Civil Veterinary Dept. Bombay admin report 1900-1906 - 1900-1906
Year: 1900
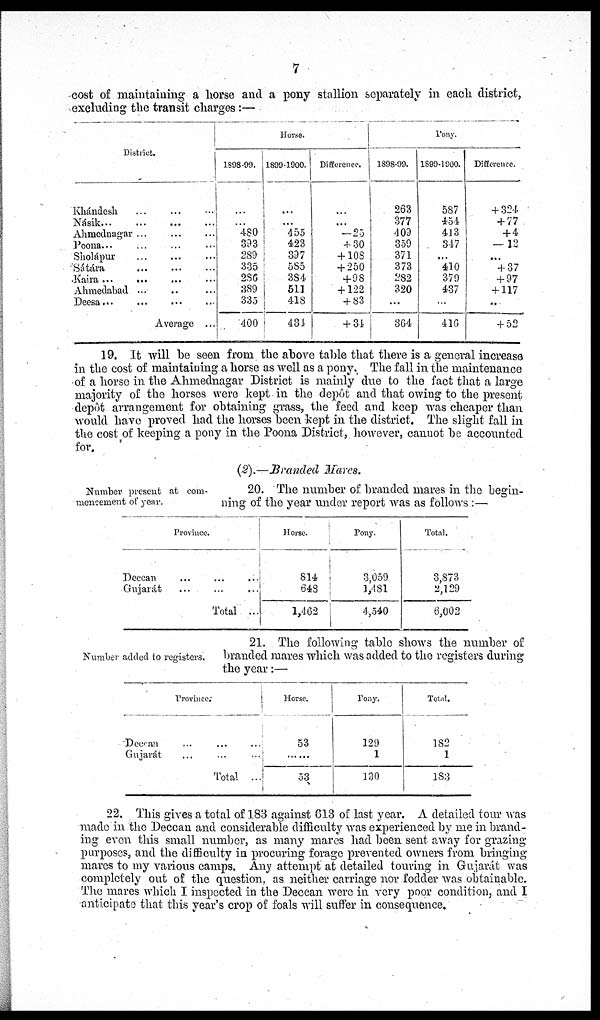
7
cost of maintaining a horse and a pony stallion separately in each district,
excluding the transit charges:—
District.
Khándesh ... ... ...
Násik...
...
...
...
Ahmednagar
...
...
...
Poona... ... ... ...
Sholápur ... ... ...
Sátára ... ... ...
Kaira ... ... ... ...
Ahmedabad ... ... ...
Deesa... ... ... ...
Average ...
Horse.
1898-99.
...
...
480
393
289
335
286
389
335
400
1899-1900.
...
...
455
423
397
585
384
511
418
434
Difference.
...
...
-25
+30
+ 108
+ 250
+98
+ 122
+ 83
+34
Pony.
1898-99.
263
377
409
359
371
373
282
320
...
364
1899-1900.
587
454
413
347
...
410
379
437
...
410
Difference.
+ 324
+ 77
+ 4
—12
...
+ 37
+ 97
+ 117
...
+ 52
19. It will be seen from the above table that there is a general increase
in the cost of maintaining a horse as well as a pony. The fall in the maintenance
of a horse in the Ahmednagar District is mainly due to the fact that a large
majority of the horses were kept in the depôt and that owing to the present
depôt arrangement for obtaining grass, the feed and keep was cheaper than
would have proved had the horses been kept in the district. The slight fall in
the cost of keeping a pony in the Poona District, however, cannot be accounted
for.
(2).—Branded Mares.
Number present at com-
mencement of year.
20. The number of branded mares in the begin-
ning of the year under report was as follows:—
Province.
Deccan ... ... ...
Gujarát ... ... ...
Total ...
Horse.
814
648
1,462
Pony.
3,059
1,481
4,540
Total.
3,873
2,129
6,002
Number added to registers.
21. The following table shows the number of
branded mares which was added to the registers during
the year:—
Province.
Deccan ... ... ...
Gujarat ... ... ...
Total ...
Horse.
53
...
53
Pony.
129
1
130
Total.
182
1
183
22. This gives a total of 183 against 613 of last year. A detailed tour was
made in the Deccan and considerable difficulty was experienced by me in brand-
ing even this small number, as many mares had been sent away for grazing
purposes, and the difficulty in procuring forage prevented owners from bringing
mares to my various camps. Any attempt at detailed touring in Gujarát was
completely out of the question, as neither carriage nor fodder was obtainable.
The mares which I inspected in the Deccan were in very poor condition, and I
anticipate that this year's crop of foals will suffer in consequence.